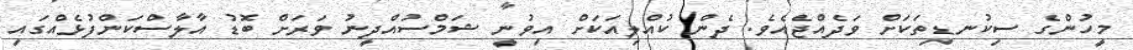
މީހުންގެ ސިކުނޑިތަކަށް ވަދެއްޖެއެވެ. ދެން ކުއްލިއަކަށް އިވުނީ ޝަމްސުއްދީނު ވަރަށް ބޮޑު އާލާސްކަންފުޅެއްގައި